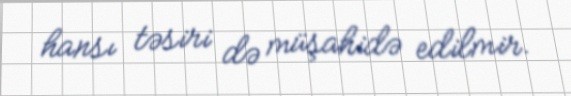
hansı təsiri də müşahidə edilmir.